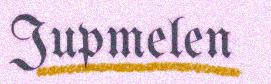
Jupmelen